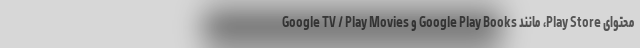
محتوای Play Store، مانند Google Play Books و Google TV / Play Movies